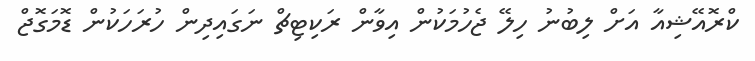
ކްރޮއޭޝިއާ އަށް ލިބުނު ހިލޭ ޖެހުމަކުން އިވާން ރަކިޓިޗް ނަގައިދިން ހުރަހަކުން ޑޮމަގޮޖް